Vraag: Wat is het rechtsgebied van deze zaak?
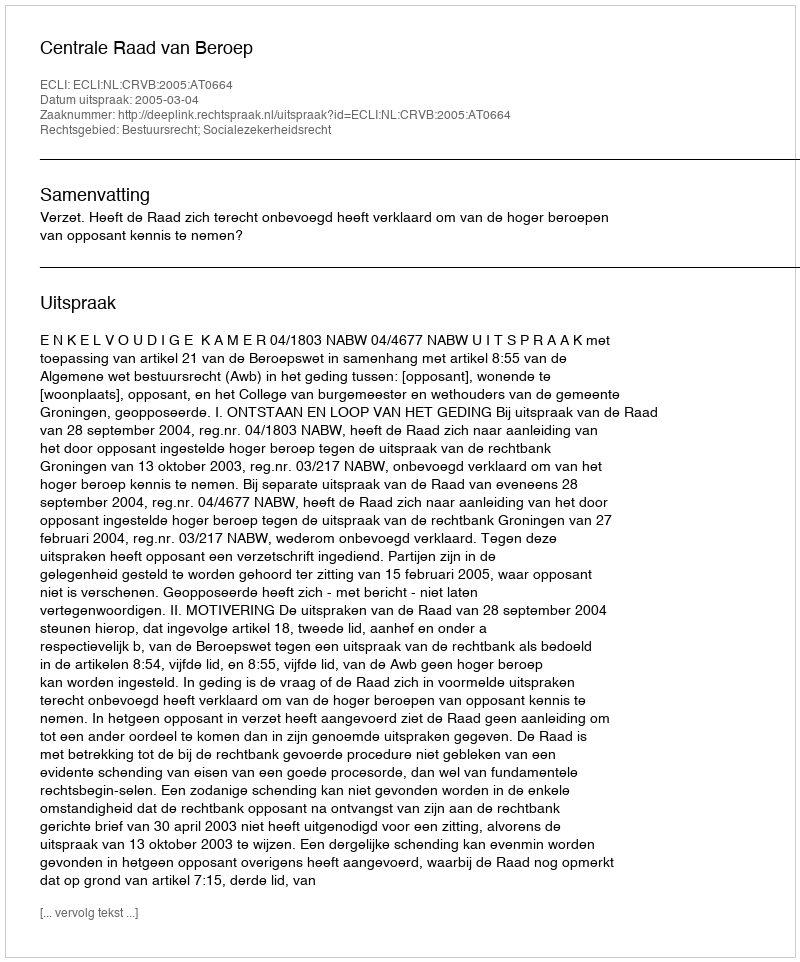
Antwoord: Bestuursrecht; Socialezekerheidsrecht